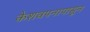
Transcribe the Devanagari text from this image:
केशवपनापासून